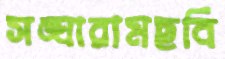
সঙ্ঘারামছবি